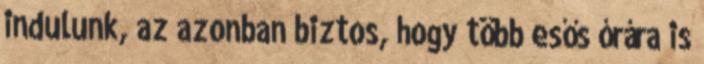
indulunk, az azonban biztos, hogy több esős órára is